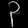
Digit: ၃